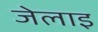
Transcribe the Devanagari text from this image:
जेलाइ